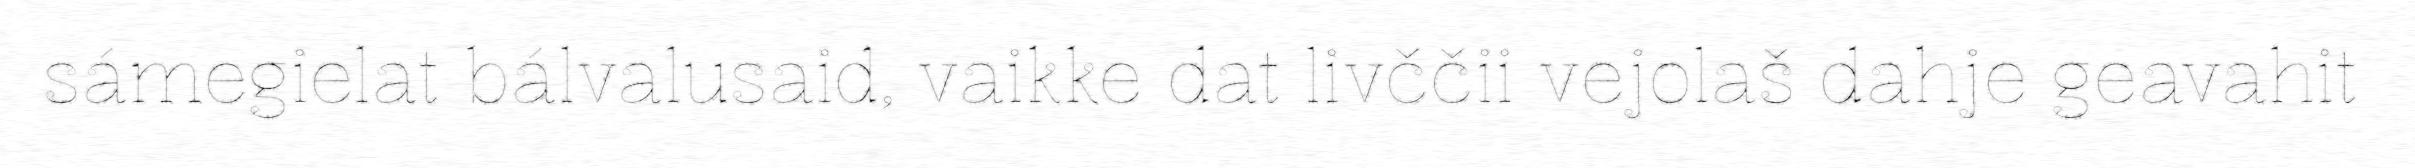
sámegielat bálvalusaid, vaikke dat livččii vejolaš dahje geavahit